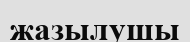
жазылушы